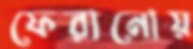
ফেরানোয়